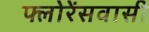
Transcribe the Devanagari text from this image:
फ्लोरेंसवासी